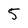
Character: 5